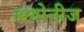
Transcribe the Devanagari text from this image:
अयोनीज